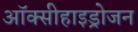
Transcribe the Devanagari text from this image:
ऑक्सीहाइड्रोजन